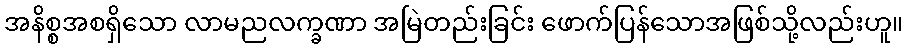
အနိစ္စအစရှိသော လာမညလက္ခဏာ အမြဲတည်းခြင်း ဖောက်ပြန်သောအဖြစ်သို့လည်းဟူ။